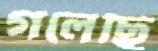
গলেছি